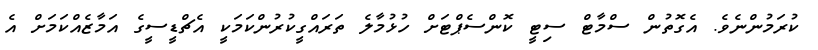
ކުރަމުންނެވެ. އެގޮތުން ސްމާޓް ސިޓީ ކޮންސެޕްޓަށް ހުޅުމާލެ ތަރައްގީކުރުންކަމަކީ އެޗްޑީސީގެ އަމާޒެއްކަމަށް އެ